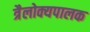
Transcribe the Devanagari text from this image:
त्रैलोक्यपालक